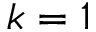
k = 1